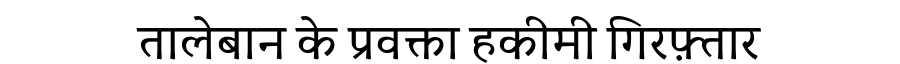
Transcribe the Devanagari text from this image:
तालेबान के प्रवक्ता हकीमी गिरफ़्तार